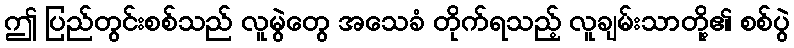
ဤ ပြည်တွင်းစစ်သည် လူမွဲတွေ အသေခံ တိုက်ရသည့် လူချမ်းသာတို့၏ စစ်ပွဲ